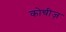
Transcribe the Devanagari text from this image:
कोचीज़